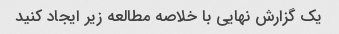
یک گزارش نهایی با خلاصه مطالعه زیر ایجاد کنید